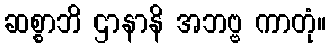
ဆစ္စာဘိ ဌာနာနိ အဘဗ္ဗ ကာတုံ။